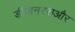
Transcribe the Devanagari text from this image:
डीजनरसऔर